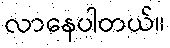
လာနေပါတယ်။